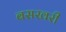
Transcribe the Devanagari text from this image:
बसखरी